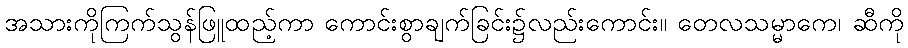
အသားကိုကြက်သွန်ဖြူထည့်ကာ ကောင်းစွာချက်ခြင်း၌လည်းကောင်း။ တေလသမ္မာကေ၊ ဆီကို